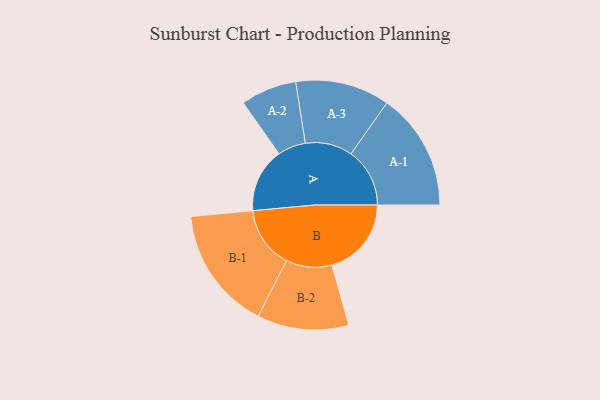
{"axis": {"x": "Segment", "y": "Value"}, "legend": ["", "A", "B"], "data": [{"x": "A", "y": 239, "type": ""}, {"x": "B", "y": 295, "type": ""}, {"x": "A-1", "y": 218, "type": "A"}, {"x": "A-2", "y": 104, "type": "A"}, {"x": "A-3", "y": 175, "type": "A"}, {"x": "B-1", "y": 229, "type": "B"}, {"x": "B-2", "y": 170, "type": "B"}]}